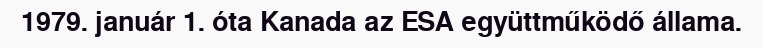
1979. január 1. óta Kanada az ESA együttműködő állama.